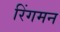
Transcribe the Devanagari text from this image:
रिंगमन